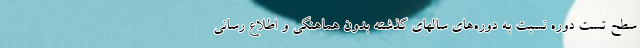
سطح تست دوره نسبت به دوره‌های سالهای گذشته بدون هماهنگی و اطلاع رسانی